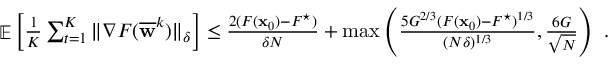
\begin{array} { r } { \mathop { \mathbb { E } } \left[ \frac { 1 } { K } \sum _ { t = 1 } ^ { K } \| \nabla F ( \overline { { { \mathbf w } } } ^ { k } ) \| _ { \delta } \right] \leq \frac { 2 ( F ( { \mathbf x } _ { 0 } ) - F ^ { \star } ) } { \delta N } + \operatorname* { m a x } \left( \frac { 5 G ^ { 2 / 3 } ( F ( { \mathbf x } _ { 0 } ) - F ^ { \star } ) ^ { 1 / 3 } } { ( N \delta ) ^ { 1 / 3 } } , \frac { 6 G } { \sqrt { N } } \right) ~ . } \end{array}